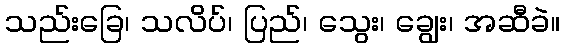
သည်းခြေ၊ သလိပ်၊ ပြည်၊ သွေး၊ ချွေး၊ အဆီခဲ။